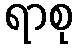
ရာစု